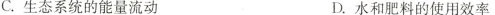
C.生态系统的能量流动 D.水和肥料的使用效率